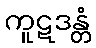
ကူဋဒန္တံ